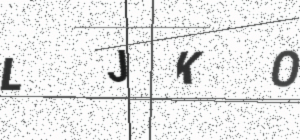
Text: LJKO